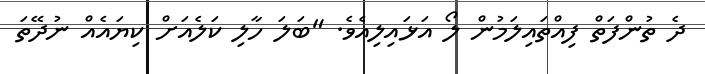
ދެ ތުންފަތް ފިއްތައިލަމުން ލޯ އަޅައިލިއެވެ. "ބަލަ ހާލި ކަލެއަށް ކިޔައެއް ނުދޭތަ